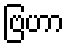
ဗြဟာ